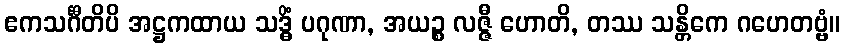
ဧကသင်္ဂီတိပိ အဋ္ဌကထာယ သဒ္ဓိံ ပဂုဏာ, အယဉ္စ လဇ္ဇီ ဟောတိ, တဿ သန္တိကေ ဂဟေတဗ္ဗံ။